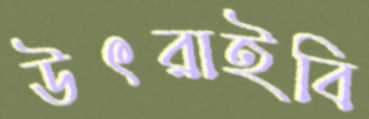
উৎরাইবি